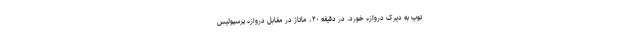
توپ به دیرک دروازه خورد. در دقیقه ۲۰، ماتاژ در مقابل دروازه پرسپولیس